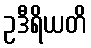
ဥဒီရိယတိ